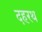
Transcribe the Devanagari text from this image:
दहरथ